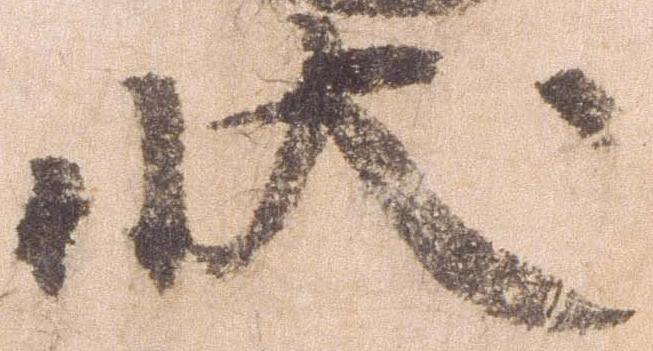
状